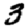
Digit: 3